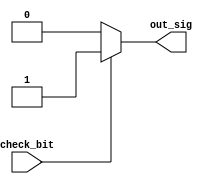

module check_imm_circuit(check_bit,out_sig);

input check_bit;
output out_sig;
assign out_sig=(check_bit==1'b1)?1'b1:1'b0;

endmodule